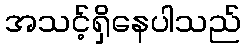
အသင့်ရှိနေပါသည်